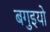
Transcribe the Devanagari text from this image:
बगुइयो